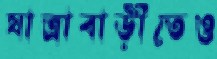
যাত্রাবাড়ীতেও